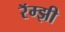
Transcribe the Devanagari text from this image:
रॅम्झी